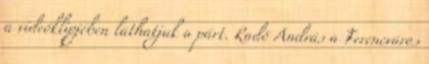
a videóklipjében láthatjuk a párt. Radó András a Ferencváros